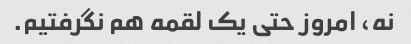
نه، امروز حتی یک لقمه هم نگرفتیم.